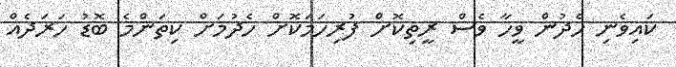
ކައިވެނި ހެދުން ވީހާ ވެސް ރީތިކޮށް ފުރިހަމަކޮށް ހެދުމަށް ކިތަންމެ ބޮޑު ހަރަދެއް